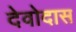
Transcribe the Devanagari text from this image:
देवोदास